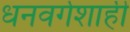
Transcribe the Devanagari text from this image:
धनवर्गशाही